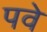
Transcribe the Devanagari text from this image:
पवे